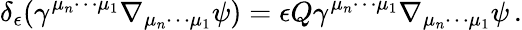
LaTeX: \delta_{\epsilon}(\gamma^{\mu_{n}\cdots\mu_{1}}\nabla_{\mu_{n}\cdots\mu_{1}}\psi)=\epsilon Q\gamma^{\mu_{n}\cdots\mu_{1}}\nabla_{\mu_{n}\cdots\mu_{1}}\psi\, .